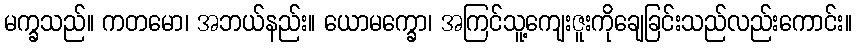
မက္ခသည်။ ကတမော၊ အဘယ်နည်း။ ယောမက္ခော၊ အကြင်သူ့ကျေးဇူးကိုချေခြင်းသည်လည်းကောင်း။